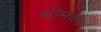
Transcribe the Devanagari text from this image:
थीमवर